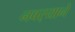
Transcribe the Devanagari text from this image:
नवर्‍याने